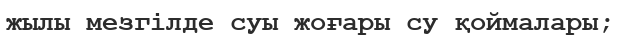
жылы мезгілде суы жоғары су қоймалары;